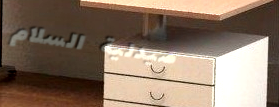
صيدلية السلام